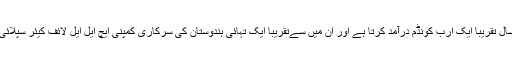
برازیل ہر سال تقریباً ایک ارب کونڈم درآمد کرتا ہے اور ان میں سےتقریباً ایک تہائی ہندوستان کی سرکاری کمپنی ایچ ایل ایل لائف کیئر سپلائی کرتی ہے۔